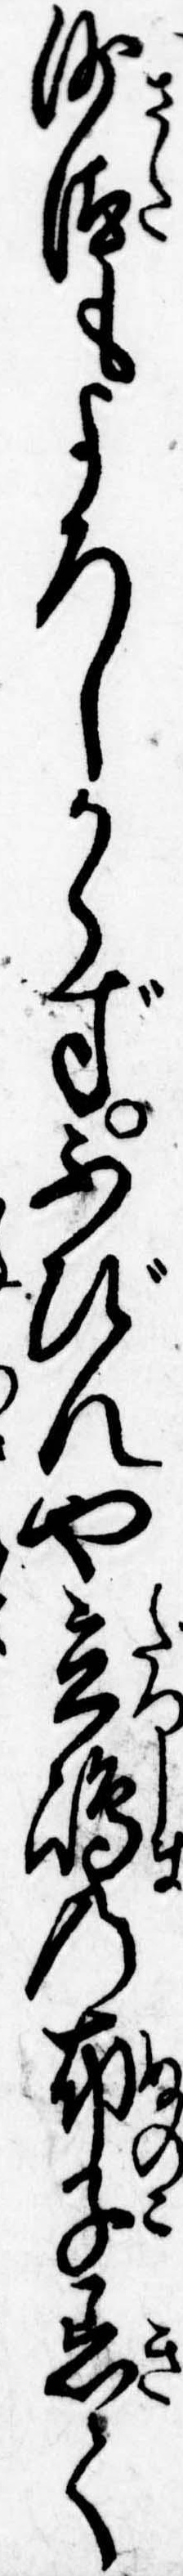
沙汰もよろしからずふびんや立島の布子着て